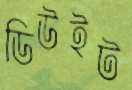
ডিউইট